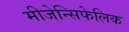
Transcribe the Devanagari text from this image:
मीजेन्सिफेलिक